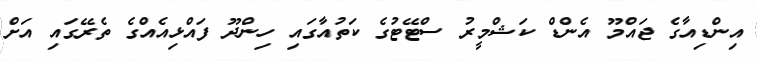
އިންޑިއާގެ ޖައްމޫ އެންޑް ކަޝްމީރު ސްޓޭޓުގެ ކަތުއާގައި ހިންދޫ ފައްޅިއެއްގެ ތެރޭގައި އަށް